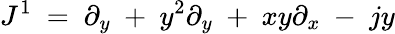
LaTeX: J^{1}\ =\ \partial_{y}\ +\ y^{2}\partial_{y}\ +\ xy\partial_{x}\ -\ jy